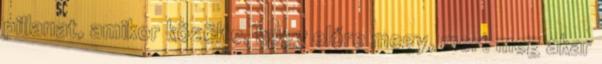
pillanat, amikor közölte, hogy előre megy, mert meg akar